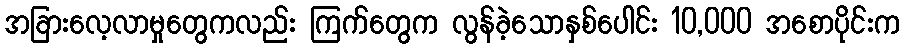
အခြားလေ့လာမှုတွေကလည်း ကြက်တွေက လွန်ခဲ့သောနှစ်ပေါင်း 10,000 အစောပိုင်းက